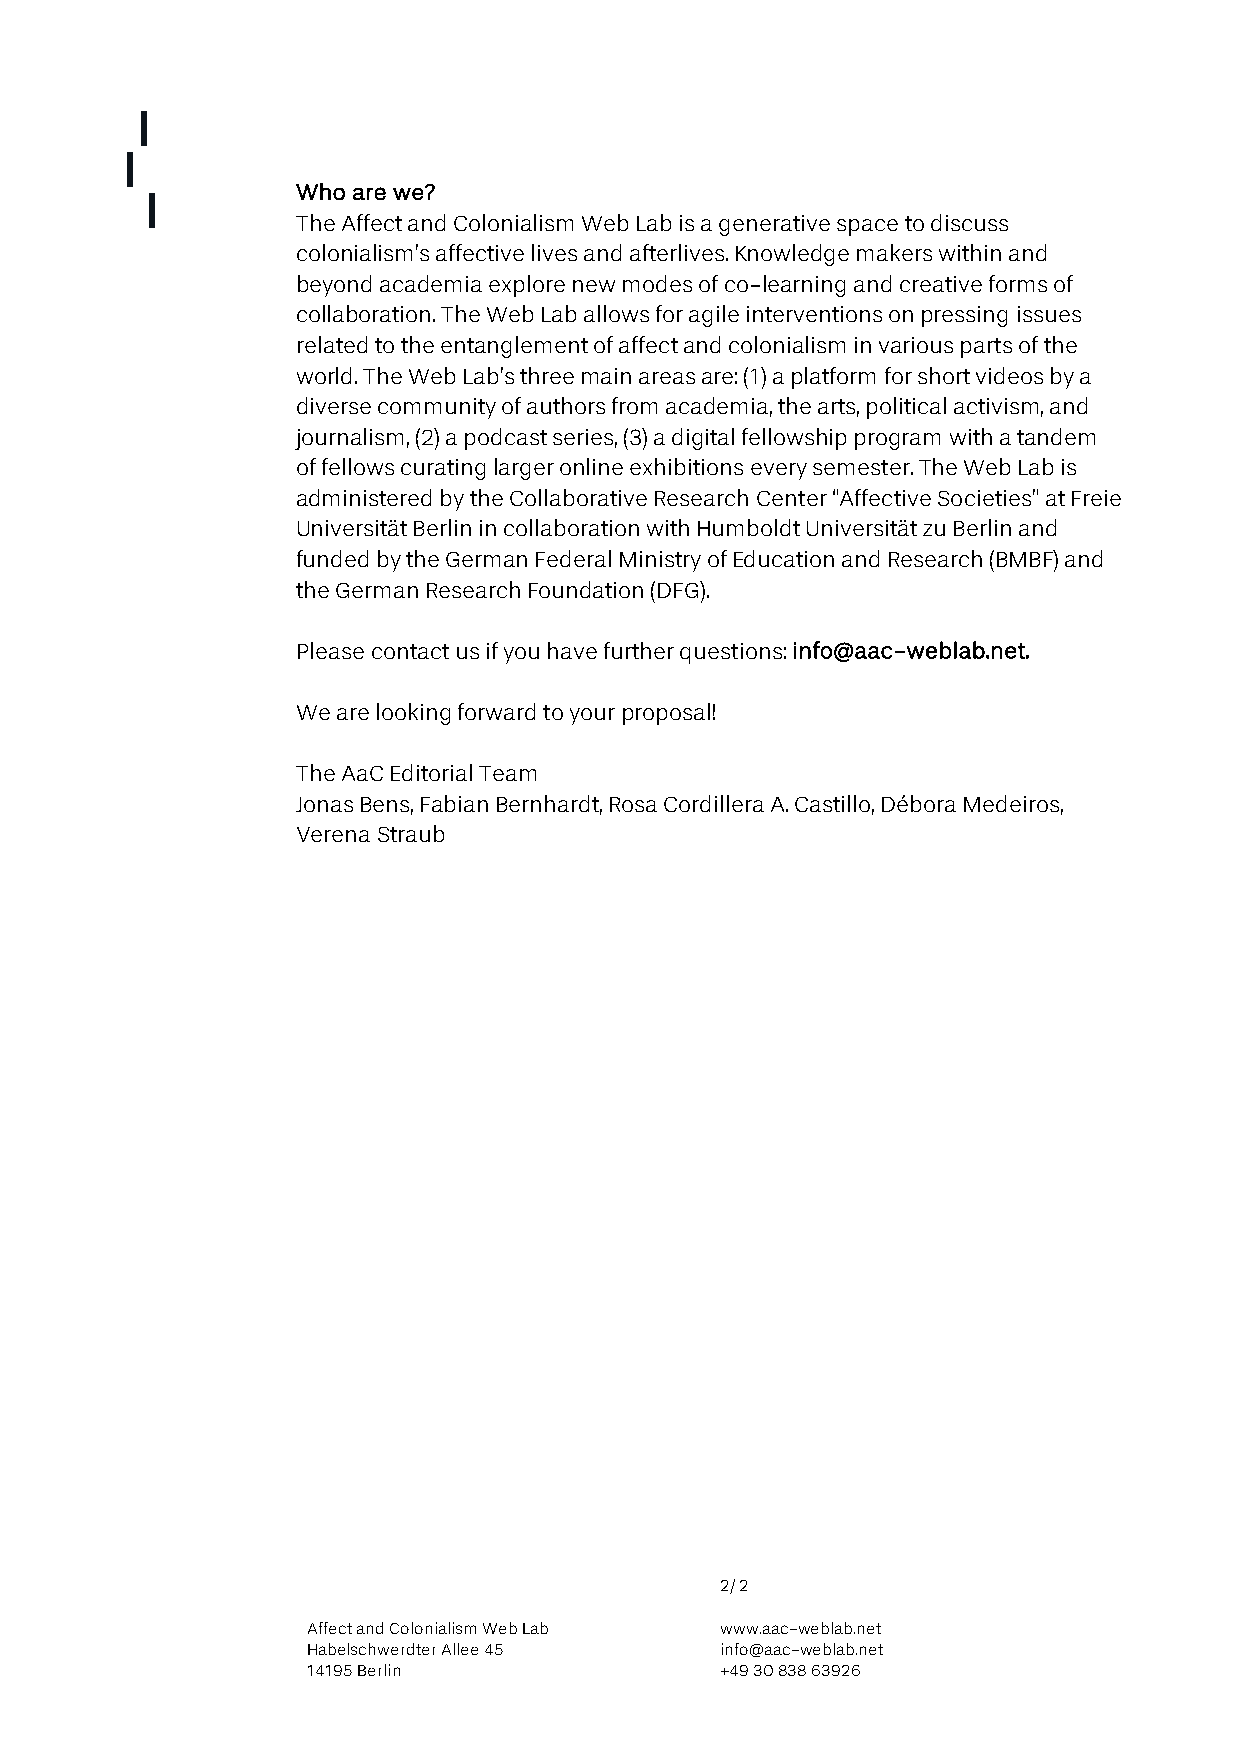
Who are we?
 The Affect and Colonialism Web Lab is a generative space to discuss
 colonialism’s affective lives and afterlives. Knowledge makers within and
 beyond academia explore new modes of co-learning and creative forms of
 collaboration. The Web Lab allows for agile interventions on pressing issues
 related to the entanglement of affect and colonialism in various parts of the
 world. The Web Lab’s three main areas are: (1) a platform for short videos by a
 diverse community of authors from academia, the arts, political activism, and
 journalism, (2) a podcast series, (3) a digital fellowship program with a tandem
 of fellows curating larger online exhibitions every semester. The Web Lab is
 administered by the Collaborative Research Center “Affective Societies” at Freie
 Universität Berlin in collaboration with Humboldt Universität zu Berlin and
 funded by the German Federal Ministry of Education and Research (BMBF) and
 the German Research Foundation (DFG).
 Please contact us if you have further questions: info@aac-weblab.net.
 We are looking forward to your proposal!
 The AaC Editorial Team
 Jonas Bens, Fabian Bernhardt, Rosa Cordillera A. Castillo, Débora Medeiros,
 Verena Straub
 2/ 2
 Affect and Colonialism Web Lab www.aac-weblab.net
 Habelschwerdter Allee 45    info@aac-weblab.net
 14195 Berlin                +49 30 838 63926